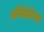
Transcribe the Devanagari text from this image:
एपिफैरिग्स